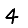
Digit: 4